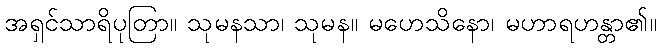
အရှင်သာရိပုတြာ။ သုမနသာ၊ သုမန။ မဟေသိနော၊ မဟာရဟန္တာ၏။